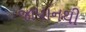
જાપાનથી